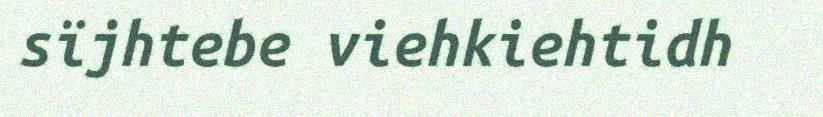
sïjhtebe viehkiehtidh